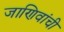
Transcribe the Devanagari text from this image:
जाणिवांची